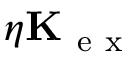
\eta \mathbf { K } _ { \mathrm { ~ e ~ x ~ } }